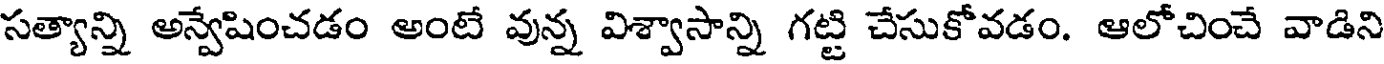
సత్యాన్ని అన్వేషించడం అంటే వున్న విశ్వాసాన్ని గట్టి చేసుకోవడం. ఆలోచించే వాడిని